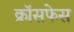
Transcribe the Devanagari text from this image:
क्रॉसफेस